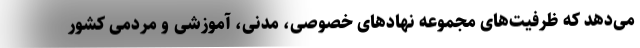
می‌دهد که ظرفیت‌های مجموعه نهادهای خصوصی، مدنی، آموزشی و مردمی کشور